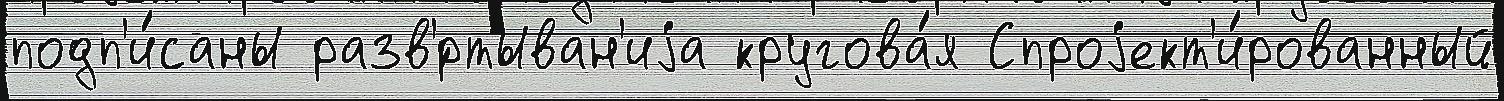
подп'и́саны разв'́ртыван'иjа кругова́я Спроjект'и́рованный